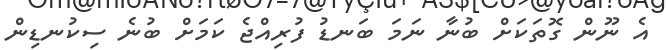
އެ ނޫން ގޮތަކަށް ބުނާ ނަމަ ބަނޑު ފުރިއްޖެ ކަމަށް ބުނެ ސިކުނޑިން